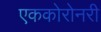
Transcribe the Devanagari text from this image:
एककोरोनरी